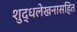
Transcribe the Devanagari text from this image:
शुद्धलेखनासहित